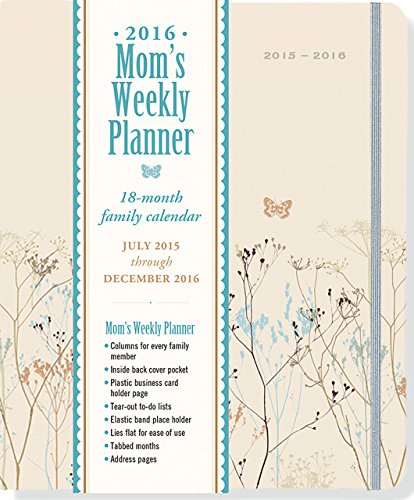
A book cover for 2016 Butterflies Mom's Weekly Planner (18-Month Calendar, Family Calendar, Diary); Peter Pauper Press; Calendars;